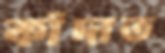
কাঁদাত